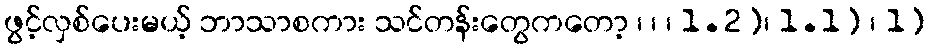
ဖွင့်လှစ်ပေးမယ့် ဘာသာစကား သင်တန်းတွေကတော့ ၊ ၊ ၊ 1.2)၊ 1.1) ၊ 1)